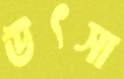
উৎসা